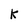
Character: K